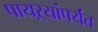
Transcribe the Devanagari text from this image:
पायऱ्यांपर्यंत